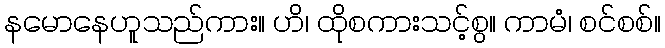
နမောနေဟူသည်ကား။ ဟိ၊ ထိုစကားသင့်စွ။ ကာမံ၊ စင်စစ်။